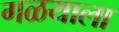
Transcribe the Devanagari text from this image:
गळयाला